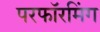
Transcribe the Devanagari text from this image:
परफॉरमिंग